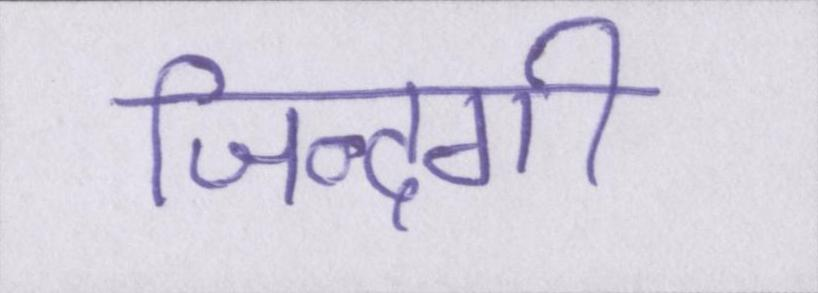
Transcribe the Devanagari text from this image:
जिन्दगी